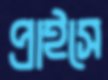
প্রাইসে